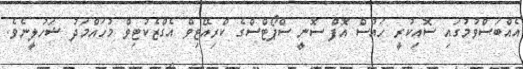
އެއްބަސްވުމުގައި ސޮއިކުރީ ހައުސް އޮފް ސޮނީ ސްޕޯޓްސްގެ ކްރިއޭޓިވް އެގްޒެކުޓިވް މުހައްމަދު ޝަހުލީނެވެ.